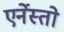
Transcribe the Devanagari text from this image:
एर्नेस्तो